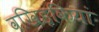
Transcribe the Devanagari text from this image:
वखिड़कियां